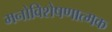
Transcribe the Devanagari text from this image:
मनोविशेषणात्मक